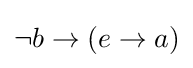
{\textstyle \neg b\rightarrow (e\rightarrow a)}